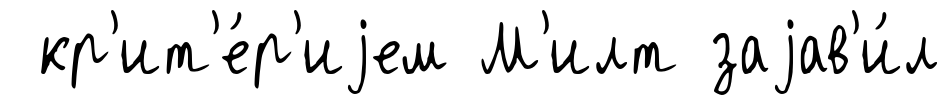
кр'ит'е́р'иjем М'илт заjав'и́л